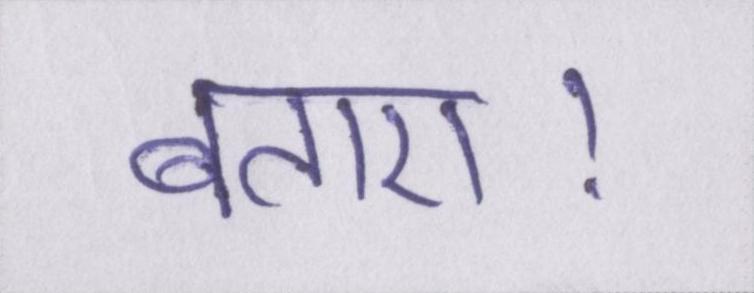
बताए।